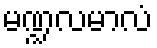
မဏ္ဍလမာလံ